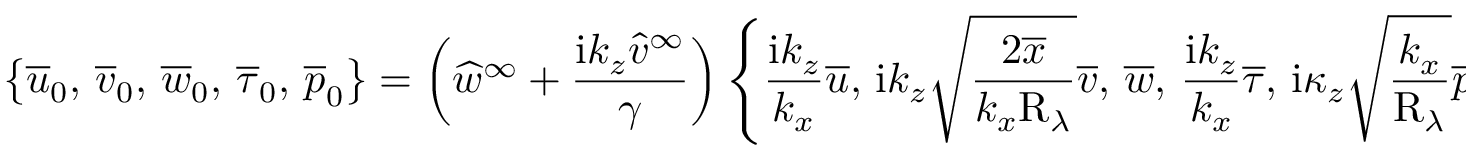
\left\lbrace \overline { { u } } _ { 0 } , \, \overline { { v } } _ { 0 } , \, \overline { { w } } _ { 0 } , \, \overline { { \tau } } _ { 0 } , \, \overline { { p } } _ { 0 } \right\rbrace = \left( \widehat { w } ^ { \infty } + \frac { \mathrm { i } k _ { z } \widehat { v } ^ { \infty } } { \gamma } \right) \left\lbrace \frac { \mathrm { i } k _ { z } } { k _ { x } } \overline { { u } } , \, \mathrm { i } k _ { z } \sqrt { \frac { 2 \overline { { x } } } { k _ { x } \mathrm { R } _ { \lambda } } } \overline { { v } } , \, \overline { { w } } , \, \frac { \mathrm { i } k _ { z } } { k _ { x } } \overline { { \tau } } , \, \mathrm { i } \kappa _ { z } \sqrt { \frac { k _ { x } } { \mathrm { R } _ { \lambda } } } \overline { { p } } \right\rbrace ,